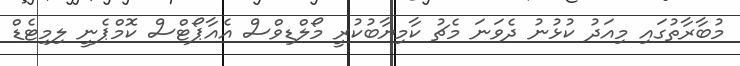
މުބާރާތުގައި މިއަދު ކުޅުނު ދެވަނަ މެޗު ކާމިޔާބުކުރީ މޯލްޑިވްސް އެއާޕޯޓްސް ކޮމްޕެނީ ލިމިޓެޑް